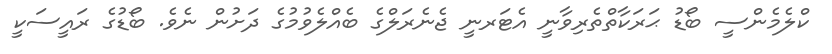
ކްލެމެންސީ ބޯޑު ޙަރަކާތްތެރިވާނީ އެޓަރނީ ޖެނެރަލްގެ ބެއްލެވުމުގެ ދަށުން ނެވެ. ބޯޑުގެ ރައީސަކީ